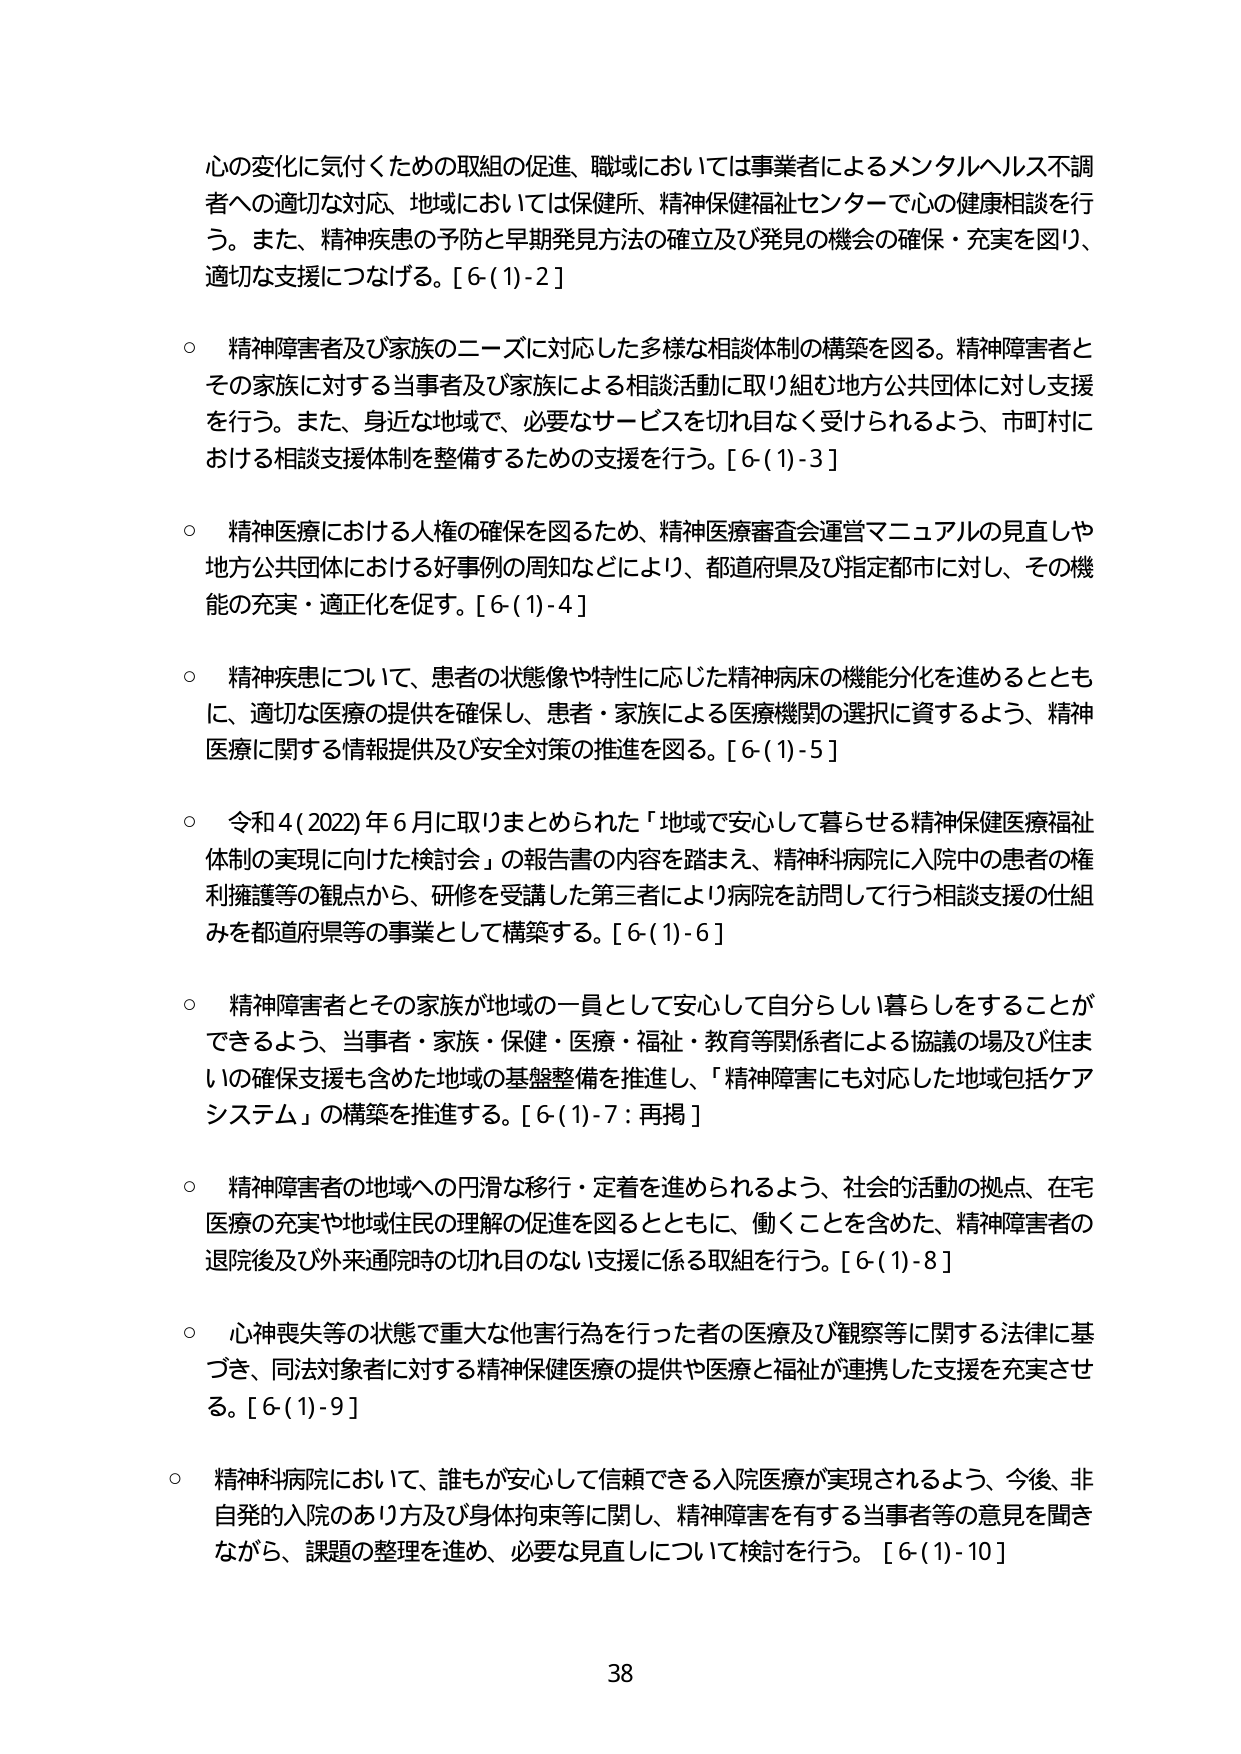
心の変化に気付くための取組の促進、職域においては事業者によるメンタルヘルス不調者への適切な対応、地域においては保健所、精神保健福祉センターで心の健康相談を行う。また、精神疾患の予防と早期発見方法の確立及び発見の機会の確保・充実を図り、適切な支援につなげる。[6-(1)-2]

○ 精神障害者及び家族のニーズに対応した多様な相談体制の構築を図る。精神障害者とその家族に対する当事者及び家族による相談活動に取り組む地方公共団体に対し支援を行う。また、身近な地域で、必要なサービスを切れ目なく受けられるよう、市町村における相談支援体制を整備するための支援を行う。[6-(1)-3]

○ 精神医療における人権の確保を図るため、精神医療審査会運営マニュアルの見直しや地方公共団体における好事例の周知などにより、都道府県及び指定都市に対し、その機能の充実・適正化を促す。[6-(1)-4]

○ 精神疾患について、患者の状態像や特性に応じた精神病床の機能分化を進めるとともに、適切な医療の提供を確保し、患者・家族による医療機関の選択に資するよう、精神医療に関する情報提供及び安全対策の推進を図る。[6-(1)-5]

○ 令和4(2022)年6月に取りまとめられた「地域で安心して暮らせる精神保健医療福祉体制の実現に向けた検討会」の報告書の内容を踏まえ、精神科病院に入院中の患者の権利擁護等の観点から、研修を受講した第三者により病院を訪問して行う相談支援の仕組みを都道府県等の事業として構築する。[6-(1)-6]

○ 精神障害者とその家族が地域の一員として安心して自分らしい暮らしをすることができるよう、当事者・家族・保健・医療・福祉・教育等関係者による協議の場及び住まいの確保支援も含めた地域の基盤整備を推進し、「精神障害にも対応した地域包括ケアシステム」の構築を推進する。[6-(1)-7：再掲]

○ 精神障害者の地域への円滑な移行・定着を進められるよう、社会的活動の拠点、在宅医療の充実や地域住民の理解の促進を図るとともに、働くことを含めた、精神障害者の退院後及び外来通院時の切れ目のない支援に係る取組を行う。[6-(1)-8]

○ 心神喪失等の状態で重大な他害行為を行った者の医療及び観察等に関する法律に基づき、同法対象者に対する精神保健医療の提供や医療と福祉が連携した支援を充実させる。[6-(1)-9]

○ 精神科病院において、誰もが安心して信頼できる入院医療が実現されるよう、今後、非自発的入院のあり方及び身体拘束等に関し、精神障害を有する当事者等の意見を聞きながら、課題の整理を進め、必要な見直しについて検討を行う。[6-(1)-10]

38